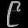
Digit: ၉